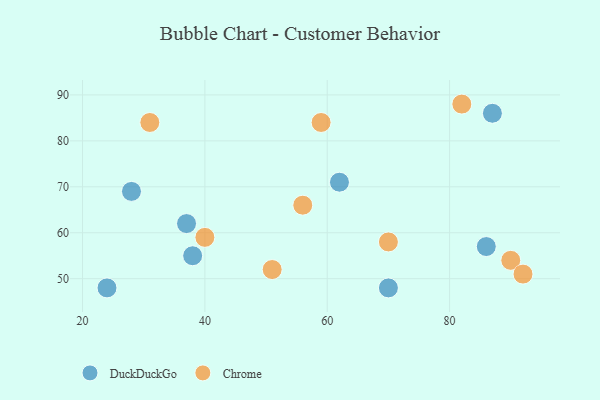
{"axis": {"x": "GDP", "y": "Life Expectancy"}, "legend": ["Chrome", "DuckDuckGo"], "data": [{"x": "38", "y": 55, "type": "DuckDuckGo"}, {"x": "37", "y": 62, "type": "DuckDuckGo"}, {"x": "87", "y": 86, "type": "DuckDuckGo"}, {"x": "28", "y": 69, "type": "DuckDuckGo"}, {"x": "86", "y": 57, "type": "DuckDuckGo"}, {"x": "24", "y": 48, "type": "DuckDuckGo"}, {"x": "62", "y": 71, "type": "DuckDuckGo"}, {"x": "70", "y": 48, "type": "DuckDuckGo"}, {"x": "31", "y": 84, "type": "Chrome"}, {"x": "90", "y": 54, "type": "Chrome"}, {"x": "59", "y": 84, "type": "Chrome"}, {"x": "70", "y": 58, "type": "Chrome"}, {"x": "51", "y": 52, "type": "Chrome"}, {"x": "82", "y": 88, "type": "Chrome"}, {"x": "92", "y": 51, "type": "Chrome"}, {"x": "56", "y": 66, "type": "Chrome"}, {"x": "40", "y": 59, "type": "Chrome"}]}